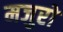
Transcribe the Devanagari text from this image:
मजुरो